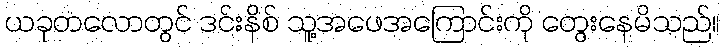
ယခုတလောတွင် ဒင်းနိစ် သူ့အဖေအကြောင်းကို တွေးနေမိသည်။